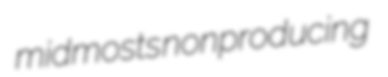
midmosts nonproducing